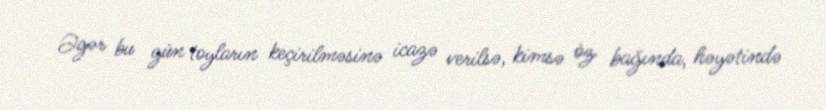
Əgər bu gün toyların keçirilməsinə icazə verilsə, kimsə öz bağında, həyətində